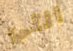
التي